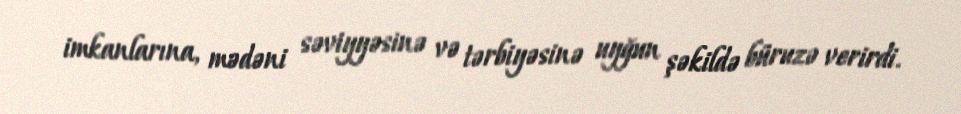
imkanlarına, mədəni səviyyəsinə və tərbiyəsinə uyğun şəkildə büruzə verirdi.